Indian journal of veterinary science and animal husbandry - Volume 12,
Year: 1942
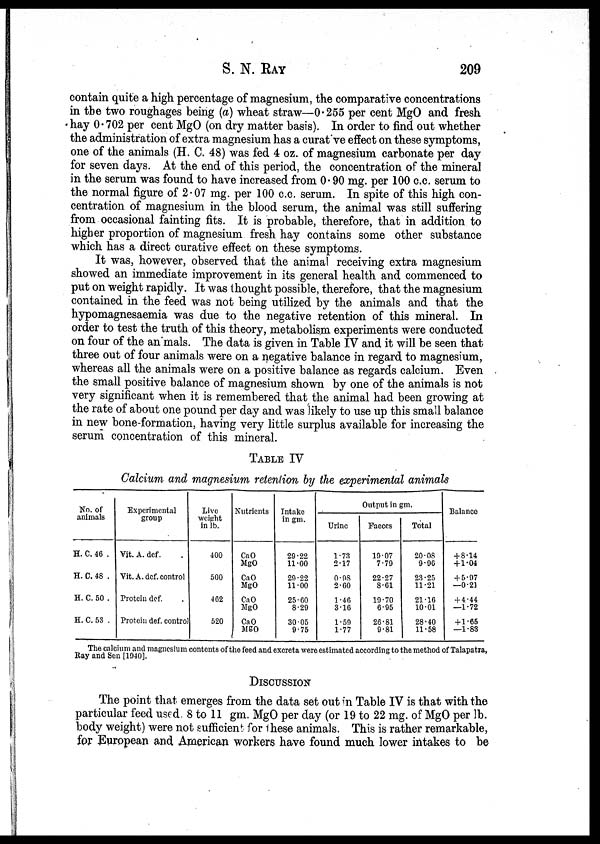
S. N. RAY 209
contain quite a high percentage of magnesium, the comparative concentrations
in the two roughages being (a) wheat straw—0.255 per cent MgO and fresh
hay 0.702 per cent MgO (on dry matter basis). In order to find out whether
the administration of extra magnesium has a curative effect on these symptoms,
one of the animals (H. C. 48) was fed 4 oz. of magnesium carbonate per day
for seven days. At the end of this period, the concentration of the mineral
in the serum was found to have increased from 0.90 mg. per 100 c.c. serum to
the normal figure of 2.07 mg. per 100 c.c. serum. In spite of this high con-
centration of magnesium in the blood serum, the animal was still suffering
from occasional fainting fits. It is probable, therefore, that in addition to
higher proportion of magnesium fresh hay contains some other substance
which has a direct curative effect on these symptoms.
It was, however, observed that the animal receiving extra magnesium
showed an immediate improvement in its general health and commenced to
put on weight rapidly. It was thought possible, therefore, that the magnesium
contained in the feed was not being utilized by the animals and that the
hypomagnesaemia was due to the negative retention of this mineral. In
order to test the truth of this theory, metabolism experiments were conducted
on four of the animals. The data is given in Table IV and it will be seen that
three out of four animals were on a negative balance in regard to magnesium,
whereas all the animals were on a positive balance as regards calcium. Even
the small positive balance of magnesium shown by one of the animals is not
very significant when it is remembered that the animal had been growing at
the rate of about one pound per day and was likely to use up this small balance
in new bone-formation, having very little surplus available for increasing the
serum concentration of this mineral.
TABLE IV
Calcium and magnesium retention by the experimental animals
No. of
animals
H. C.46 .
H. C.48 .
H. C.50 .
H. C. 53 .
Experimental
group
Vit. A. def.
Vit. A. def. control
Protein def. .
Protein def. control
Live
weight
in lb.
400
500
462
520
Nutrients
CaO
MgO
CaO
MgO
CaO
MgO
CaO
Mg0
Intake
in gm.
29.22
11.00
29.22
11.00
25.00
8.29
30.05
9.75
Output in gm.
Urine
1.73
2.17
0.98
2.60
1.46
3.16
1.59
1.77
Faeces
19.07
7.79
22.27
8.61
19.70
6.95
26.81
9.81
Total
20.08
9.96
23.25
11.21
21.16
10.01
28.40
11.58
Balance
+ 8.14
+.1.04
+ 5.97
—0.21
+ 4.44
—1.72
+ 1.65
—1.83
The calcium and magnesium contents of the feed and excreta were estimated according to the method of Talapatra,
Ray and Sen [1940].
DISCUSSION
The point that emerges from the data set out in Table IV is that with the
particular feed used 8 to 11 gm. MgO per day (or 19 to 22 mg. of MgO per lb.
body weight) were not sufficient for these animals. This is rather remarkable,
for European and American workers have found much lower intakes to be